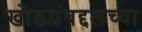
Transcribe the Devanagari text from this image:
खोड्यांबद्दलच्या